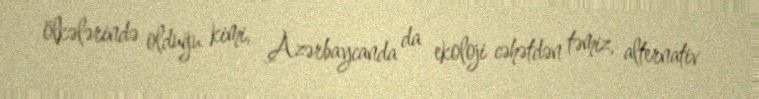
ölkələrində olduğu kimi, Azərbaycanda da ekoloji cəhətdən təmiz, alternativ